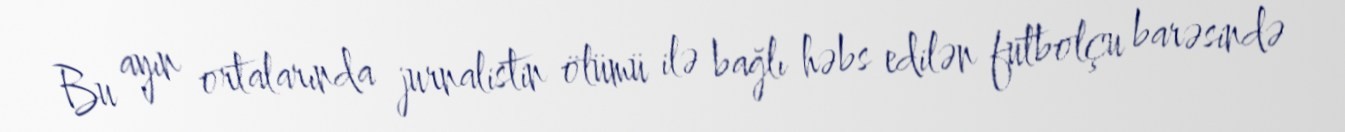
Bu ayın ortalarında jurnalistin ölümü ilə bağlı həbs edilən futbolçu barəsində